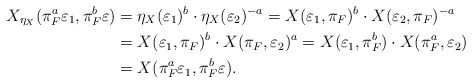
\begin{align*} X_{\eta_X}(\pi_F^a\varepsilon_1,\pi_F^b\varepsilon) &=\eta_X(\varepsilon_1)^b\cdot\eta_X(\varepsilon_2)^{-a}=X(\varepsilon_1,\pi_F)^b\cdot X(\varepsilon_2,\pi_F)^{-a}\\ &=X(\varepsilon_1,\pi_F)^b\cdot X(\pi_F,\varepsilon_2)^{a}=X(\varepsilon_1,\pi_F^b)\cdot X(\pi_F^a,\varepsilon_2)\\ &=X(\pi_F^a\varepsilon_1,\pi_F^b\varepsilon).\end{align*}